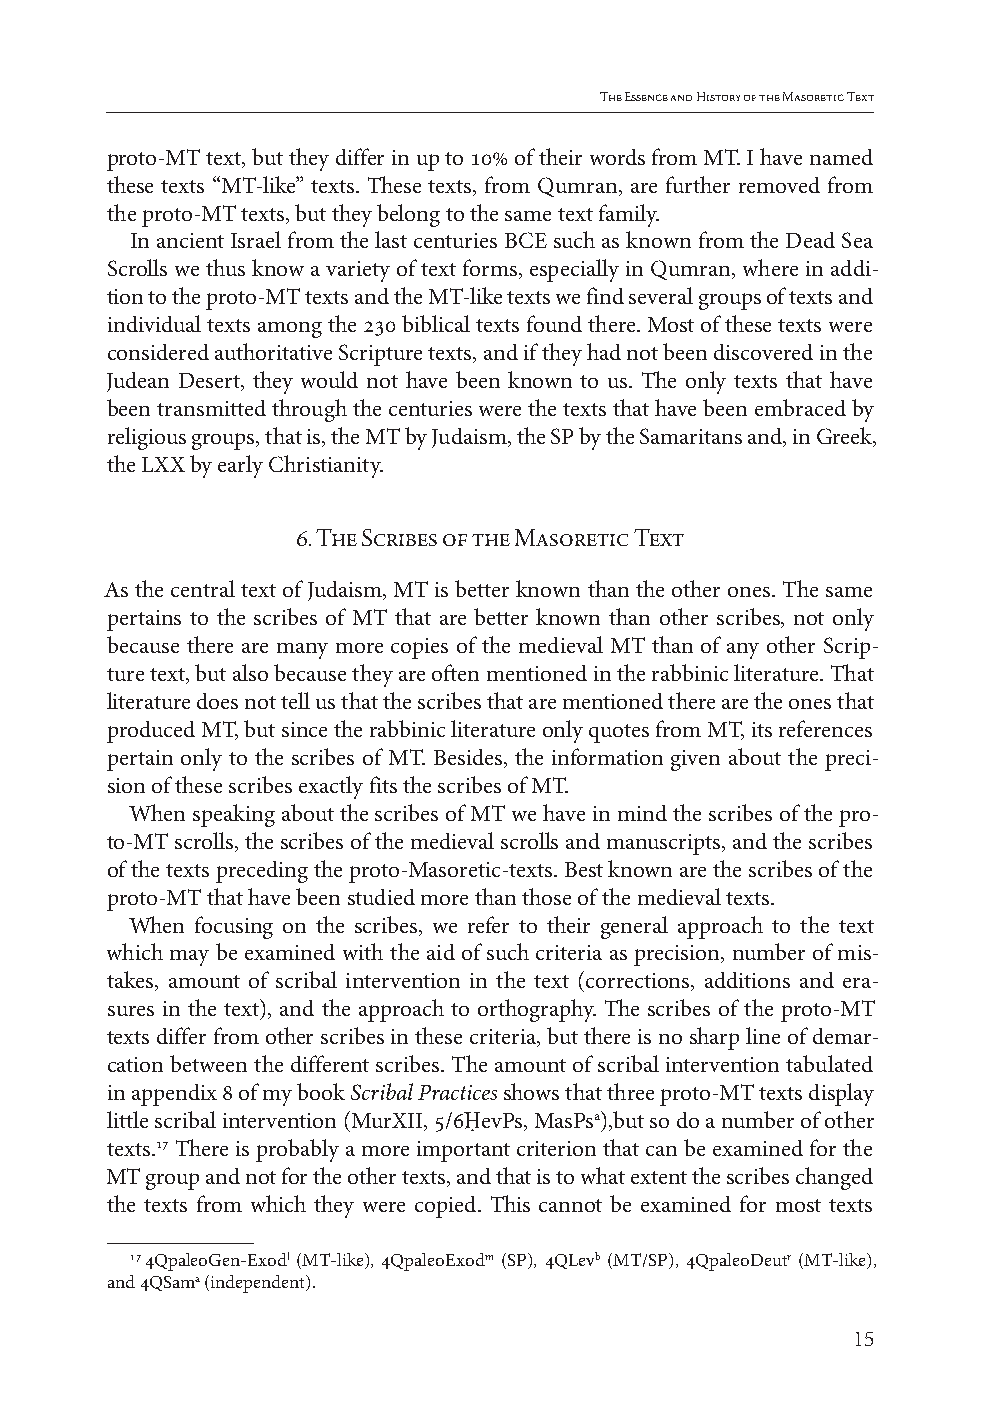
The Essence and History of the Masoretic Text
 proto-MT text, but they differ in up to 10% of their words from MT. I have named
 these texts “MT-like” texts. These texts, from Qumran, are further removed from
 the proto-MT texts, but they belong to the same text family.
 In ancient Israel from the last centuries BCE such as known from the Dead Sea
 Scrolls we thus know a variety of text forms, especially in Qumran, where in addi-
 tion to the proto-MT texts and the MT-like texts we find several groups of texts and
 individual texts among the 230 biblical texts found there. Most of these texts were
 considered authoritative Scripture texts, and if they had not been discovered in the
 Judean Desert, they would not have been known to us. The only texts that have
 been transmitted through the centuries were the texts that have been embraced by
 religious groups, that is, the MT by Judaism, the SP by the Samaritans and, in Greek,
 the LXX by early Christianity.
 6. The Scribes of the Masoretic Text
 As the central text of Judaism, MT is better known than the other ones. The same
 pertains to the scribes of MT that are better known than other scribes, not only
 because there are many more copies of the medieval MT than of any other Scrip-
 ture text, but also because they are often mentioned in the rabbinic literature. That
 literature does not tell us that the scribes that are mentioned there are the ones that
 produced MT, but since the rabbinic literature only quotes from MT, its references
 pertain only to the scribes of MT. Besides, the information given about the preci-
 sion of these scribes exactly fits the scribes of MT.
 When speaking about the scribes of MT we have in mind the scribes of the pro-
 to-MT scrolls, the scribes of the medieval scrolls and manuscripts, and the scribes
 of the texts preceding the proto-Masoretic-texts. Best known are the scribes of the
 proto-MT that have been studied more than those of the medieval texts.
 When focusing on the scribes, we refer to their general approach to the text
 which may be examined with the aid of such criteria as precision, number of mis-
 takes, amount of scribal intervention in the text (corrections, additions and era-
 sures in the text), and the approach to orthography. The scribes of the proto-MT
 texts differ from other scribes in these criteria, but there is no sharp line of demar-
 cation between the different scribes. The amount of scribal intervention tabulated
 in appendix 8 of my book Scribal Practices shows that three proto-MT texts display
 little scribal intervention (MurXII, 5/6ḤevPs, MasPsa),but so do a number of other
 texts.17 There is probably a more important criterion that can be examined for the
 MT group and not for the other texts, and that is to what extent the scribes changed
 the texts from which they were copied. This cannot be examined for most texts
 17 4QpaleoGen-Exodl (MT-like), 4QpaleoExodm (SP), 4QLevb (MT/SP), 4QpaleoDeutr (MT-like),
 and 4QSama (independent).
 15